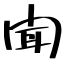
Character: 聞